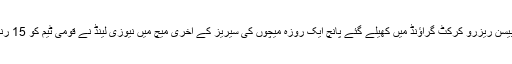
پاکستان اور نیوزی لینڈ کے درمیان ویلنگٹن کے بیسن ریزرو کرکٹ گراؤنڈ میں کھیلے گئے پانچ ایک روزہ میچوں کی سیریز کے آخری میچ میں نیوزی لینڈ نے قومی ٹیم کو 15 رنز سے شکست دیکر سیریز میں وائٹ واش کردیا۔